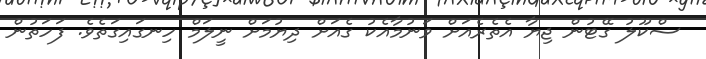
ސްކޫލު ގޭޓުން ޖިޔާ އެތެރެއަށް ވަނުމާއެކު ގެއަށް ދިޔުމަށް ނީލަމް ހިނގައިގަތެވެ. ފަހަތުން